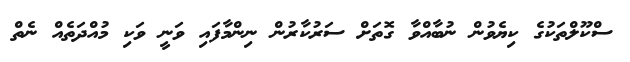
ސްކޫލްތަކުގެ ކިޔެވުން ނުބާއްވާ ގޮތަށް ސަރުކާރުން ނިންމާފައި ވަނީ ވަކި މުއްދަތެއް ނެތް